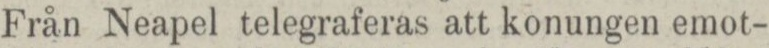
Från Neapel telegraferas att konungen emot-